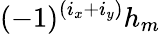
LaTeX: (-1)^{(i_{x}+i_{y})}h_{m}